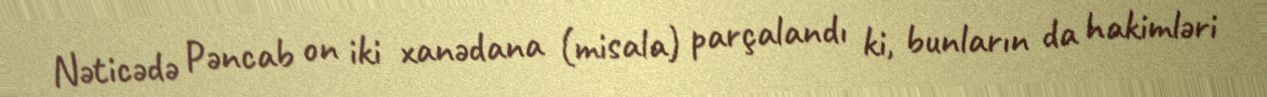
Nəticədə Pəncab on iki xanədana (misala) parçalandı ki, bunların da hakimləri